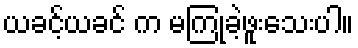
ယခင့်ယခင် က မကြုံခဲ့ဖူးသေးပါ။